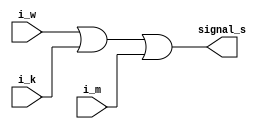
module sprawnosc(i_w,i_k, i_m, signal_s);

// c_k - czujnik iloci kubkw
// i_w - ilosc wody
// i_k - ilo kawy
// i_m - ilo mleka
// p_b - posiadany bilon na wydanie reszty
// signal_s - wyjciowy sygna

// deklaracja portw
output signal_s;
input i_w, i_k, i_m;

assign signal_s = i_w | i_k | i_m;

endmodule